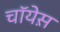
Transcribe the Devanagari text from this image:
चॉयेस़